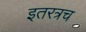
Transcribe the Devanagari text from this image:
इतरत्रच